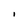
Character: i